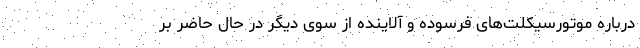
درباره موتورسیکلت‌های فرسوده و آلاینده از سوی دیگر در حال حاضر بر